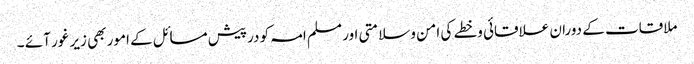
ملاقات کے دوران علاقائی وخطے کی امن وسلامتی اور مسلم امہ کو درپیش مسائل کے امور بھی زیر غور آئے ۔